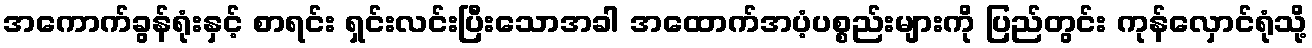
အကောက်ခွန်ရုံးနှင့် စာရင်း ရှင်းလင်းပြီးသောအခါ အထောက်အပံ့ပစ္စည်းများကို ပြည်တွင်း ကုန်လှောင်ရုံသို့